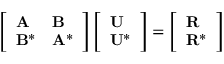
\left[ \begin{array} { l l } { \mathbf { A } } & { \mathbf { B } } \\ { \mathbf { B } ^ { * } } & { \mathbf { A } ^ { * } } \end{array} \right] \left[ \begin{array} { l } { \mathbf { U } } \\ { \mathbf { U } ^ { * } } \end{array} \right] = \left[ \begin{array} { l } { \mathbf { R } } \\ { \mathbf { R } ^ { * } } \end{array} \right]